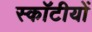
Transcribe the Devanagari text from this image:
स्कॉटीयों